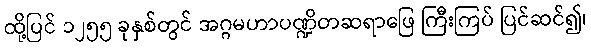
ထို့ပြင် ၁၂၅၅ ခုနှစ်တွင် အဂ္ဂမဟာပဏ္ဍိတဆရာဖြေ ကြီးကြပ် ပြင်ဆင်၍၊